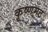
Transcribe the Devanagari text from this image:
कृष्णमठ